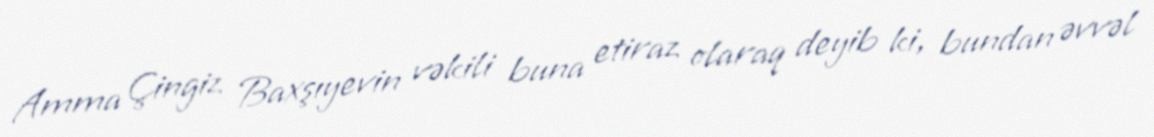
Amma Çingiz Baxşıyevin vəkili buna etiraz olaraq deyib ki, bundan əvvəl